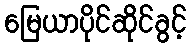
မြေယာပိုင်ဆိုင်ခွင့်